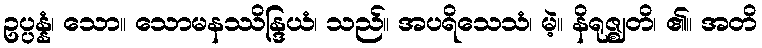
ဥပ္ပန္နံ၊ သော။ သောမနဿိန္ဒြယံ၊ သည်။ အပရိသေသံ၊ မဲ့။ နိရုဇ္ဈတိ၊ ၏။ အတိ